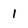
Character: 1